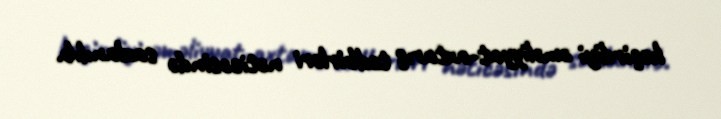
keçirdiyi əməliyyat-axtarış tədbirləri nəticəsində saxlanılıb.